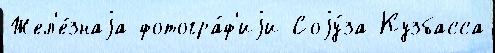
Жел'е́знаjа фотогра́ф'иjи Соjу́за Кузбасса